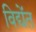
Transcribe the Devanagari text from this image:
विद्येंत